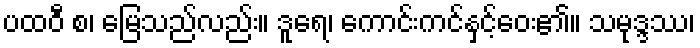
ပထဝီ စ၊ မြေသည်လည်း။ ဒူရေ၊ ကောင်းကင်နှင့်ဝေး၏။ သမုဒ္ဒဿ၊